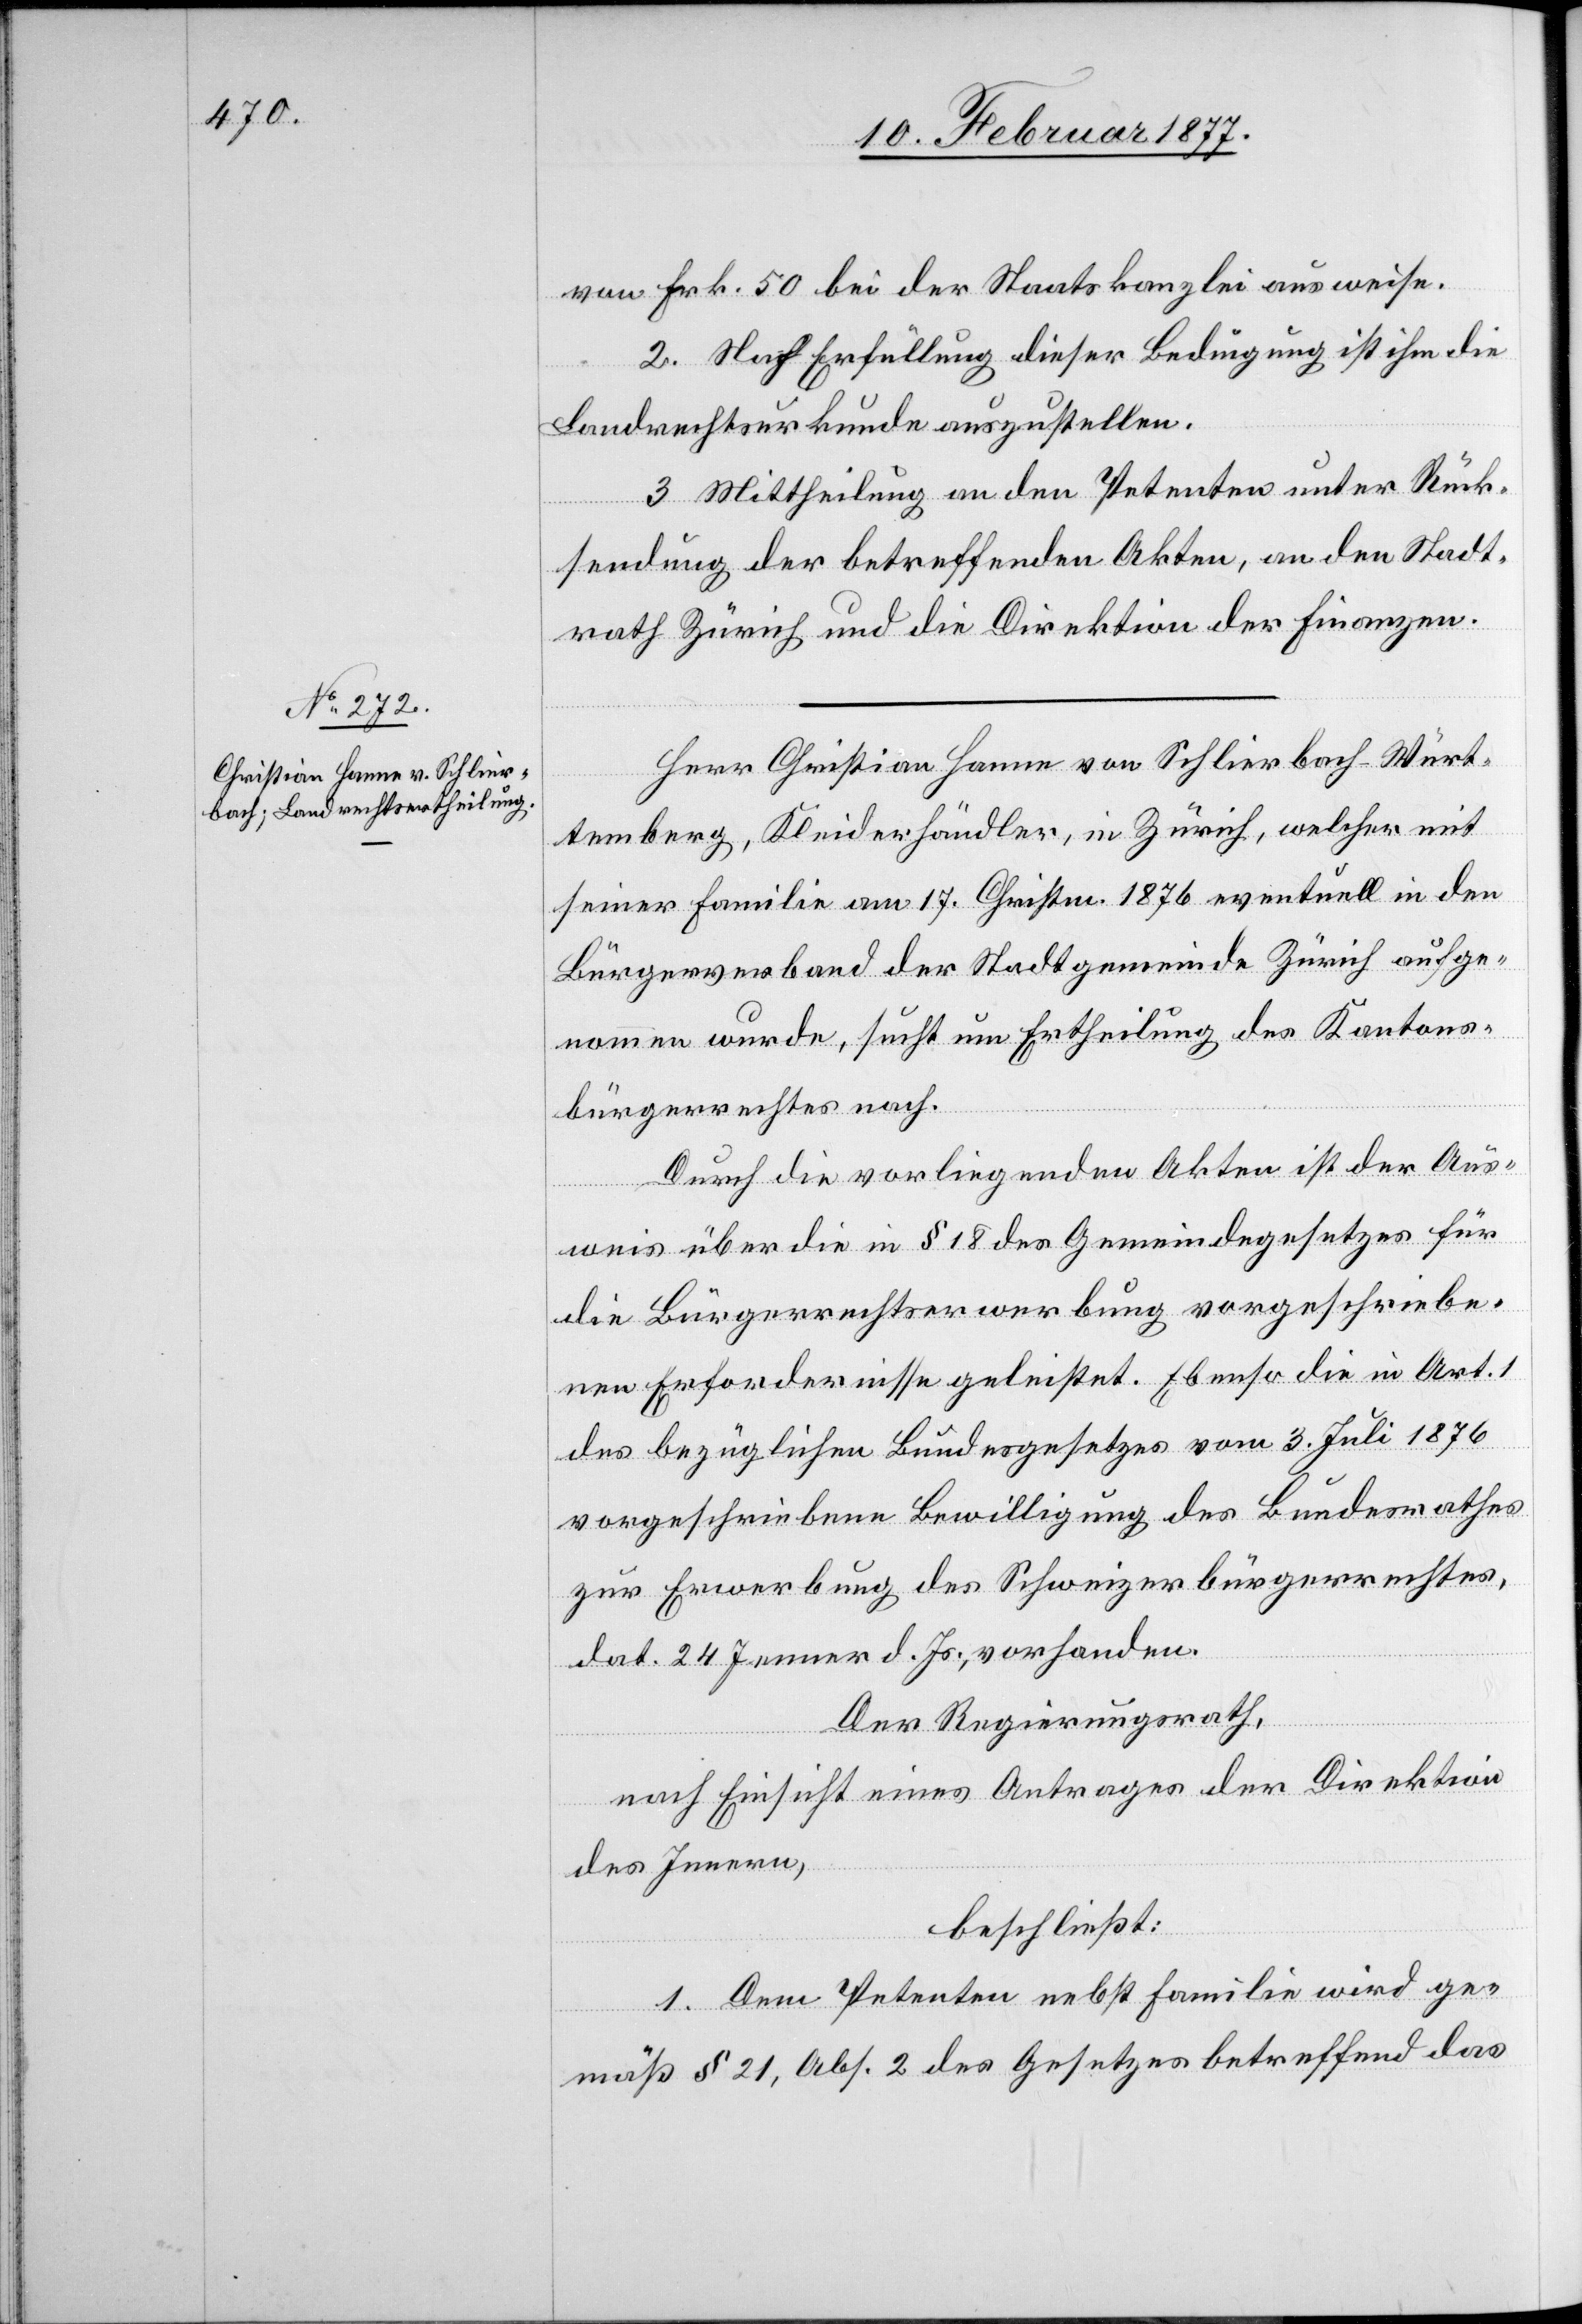
von Frk. 50 bei der Staatskanzlei ausweise.
2. Nach Erfüllung dieser Bedingung ist ihm die
Landrechtsurkunde auszustellen.
3. Mittheilung an den Petenten unter Rück¬
sendung der betreffenden Akten, an den Stadt¬
rath Zürich und die Direktion der Finanzen.
Herr Christian Hanne von Schlierbach - Würt¬
temberg, Kleiderhändler, in Zürich, welcher mit
seiner Familie am 17. Christm. 1876 eventuell in den
Bürgerrechtsverband der Stadtgemeinde Zürich aufge¬
nommen wurde, sucht um Ertheilung des Kantons¬
bürgerrechtes nach.
Durch die vorliegenden Akten ist der Aus¬
weis über die in § 18 des Gemeindegesetzes für
die Bürgerrechtserwerbung vorgeschriebe¬
nen Erfordernisse geleistet. Ebenso die in Art. 1
des bezüglichen Bundesgesetzes vom 3. Juli 1876
vorgeschriebene Bewilligung des Bundesrathes
zur Erwerbung des Schweizerbürgerrechtes,
dat. 29. Jenner d. Js., vorhanden.
Der Regierungsrath,
nach Einsicht eines Antrages der Direktion
des Innern,
beschließt:
1. Dem Petenten nebst Familie wird ge¬
mäß § 21, Abs. 2 des Gesetzes betreffend das